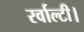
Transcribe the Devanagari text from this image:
रर्वाल्टी।